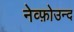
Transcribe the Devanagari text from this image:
नेव्फ़ोउन्द